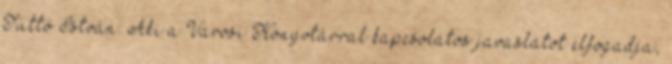
Tüttő István: Aki a Városi Könyvtárral kapcsolatos javaslatot elfogadja,